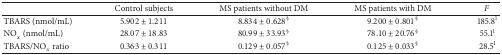
<table><thead><tr><td><b> </b></td><td><b>Control subjects</b></td><td><b>MS patients without DM</b></td><td><b>MS patients with DM</b></td><td><b><i>F</i></b></td></tr></thead><tbody><tr><td>TBARS (nmol/mL)</td><td>5.902 ± 1.211</td><td>8.834 ± 0.628<sup>§</sup></td><td>9.200 ± 0.801<sup>§</sup></td><td>185.8<sup>1</sup></td></tr><tr><td>NOx (nmol/mL)</td><td>28.07 ± 18.83</td><td>80.99 ± 33.93<sup>§</sup></td><td>78.10 ± 20.76<sup>§</sup></td><td>55.1<sup>1</sup></td></tr><tr><td>TBARS/NO<sub><i>x</i></sub> ratio</td><td>0.363 ± 0.311</td><td>0.129 ± 0.057<sup>§</sup></td><td>0.125 ± 0.033<sup>§</sup></td><td>28.5<sup>1</sup></td></tr></tbody></table>